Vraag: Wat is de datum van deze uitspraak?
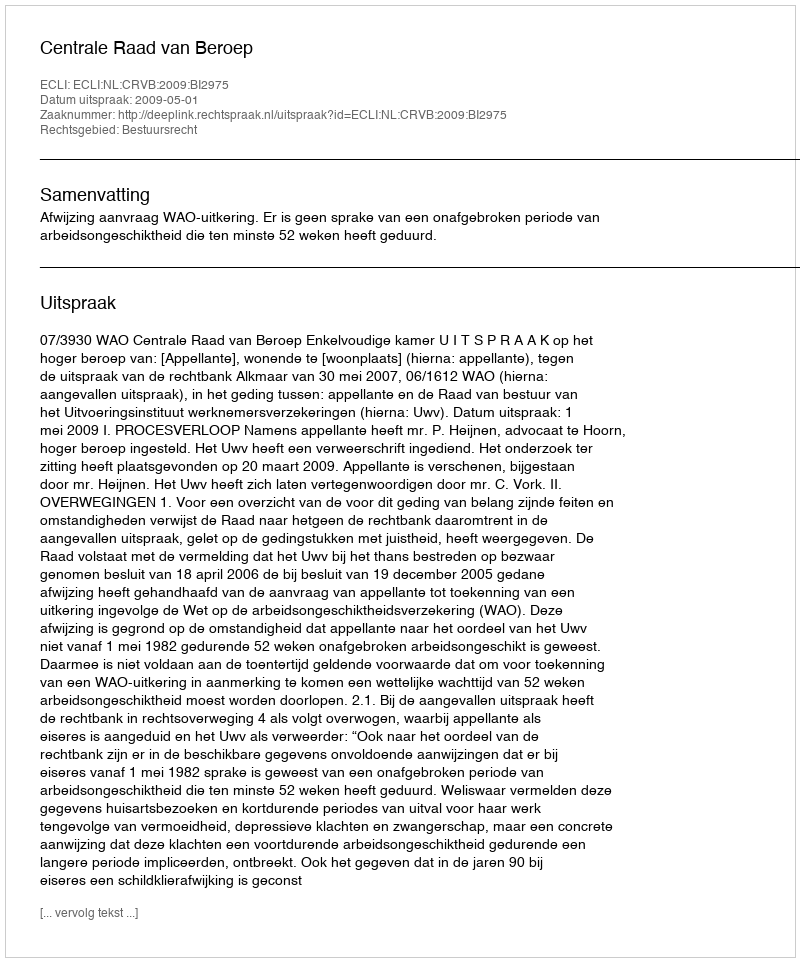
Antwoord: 2009-05-01